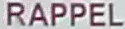
RAPPEL